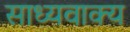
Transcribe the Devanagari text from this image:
साध्यवाक्य